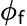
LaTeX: \phi_{\mathsf{f}}